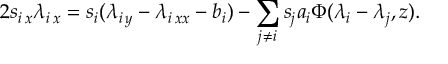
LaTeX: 2 s _ { i \, x } \lambda _ { i \, x } = s _ { i } ( \lambda _ { i \, y } - \lambda _ { i \, x x } - b _ { i } ) - \sum _ { j \ne i } s _ { j } a _ { i } \Phi ( \lambda _ { i } - \lambda _ { j } , z ) .